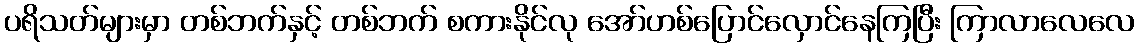
ပရိသတ်များမှာ တစ်ဘက်နှင့် တစ်ဘက် စကားနိုင်လု အော်ဟစ်ပြောင်လှောင်နေကြပြီး ကြာလာလေလေ